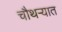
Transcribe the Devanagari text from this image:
चौथऱ्यात